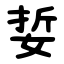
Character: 娎